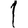
Digit: 1